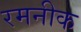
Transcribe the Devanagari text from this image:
रमनीक